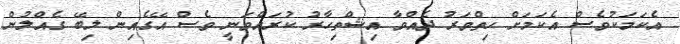
އެކަމަކުވެސް އެކަމަށް ހިތްވަރު ދެއްވާ އިޝްތިހާރު ކުރައްވަނީ ވެސް އޭގެއިން ލިބޭ ގެއްލުން